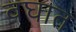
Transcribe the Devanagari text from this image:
वघात